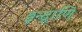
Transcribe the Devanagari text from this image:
इन्द्राणि